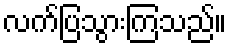
လက်ပြသွားကြသည်။